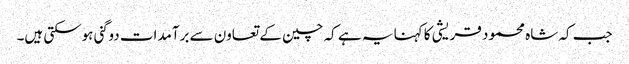
جب کہ شاہ محمود قریشی کا کہنا یہ ہے کہ چین کے تعاون سے برآمدات دوگنی ہوسکتی ہیں۔